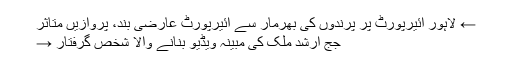
← لاہور ائیرپورٹ پر پرندوں کی بھرمار سے ائیرپورٹ عارضی بند، پروازیں متاثر
جج ارشد ملک کی مبینہ ویڈیو بنانے والا شخص گرفتار →